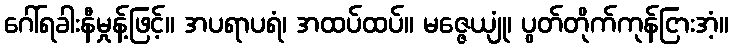
ဂေါ်ရခါးနီမှုန့်ဖြင့်။ အပရာပရံ၊ အထပ်ထပ်။ မဇ္ဇေယျုံ၊ ပွတ်တိုက်ကုန်ငြားအံ့။